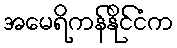
အမေရိကန်နိုင်ငံက